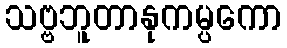
သဗ္ဗဘူတာနုကမ္ပကော